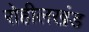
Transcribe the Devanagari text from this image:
रोहीलखंड